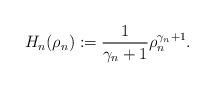
LaTeX: \begin{align*} H_{n}(\rho_{n}) := \frac{1}{\gamma_{n}+1}\rho_{n}^{\gamma_{n}+1}. \end{align*}